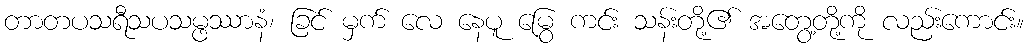
တာတပသရီသပသမ္ဖဿာနံ၊ ခြင် မှက် လေ နေပူ မြွေ ကင်း သန်းတို့၏ အတွေ့တို့ကို လည်းကောင်း။